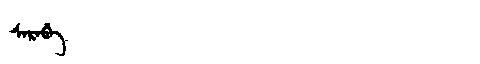
Manchu: ᠰᡝᡵᡝᠪᡝ
Romanization: SEREBE